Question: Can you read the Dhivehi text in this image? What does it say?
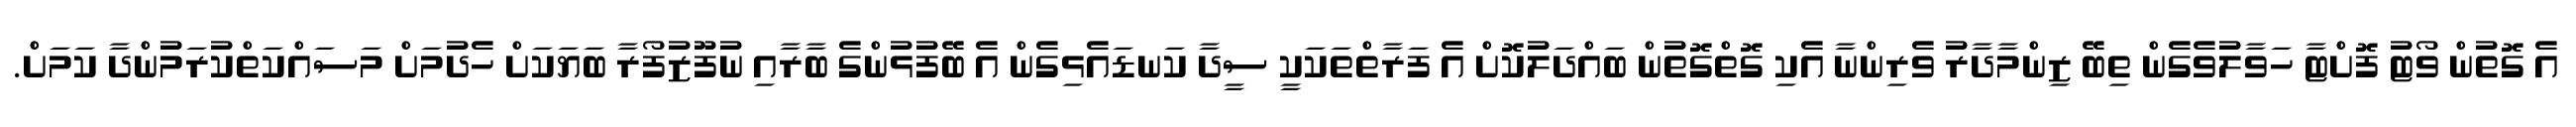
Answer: އެ ގޮތުން ވޯޓު ފޮށްޓާ ހަވާލުވެގެން ތިބޭ ޒިންމާދާރު ވެރިންނާ އެކި ގޮތްގޮތުން ބައްދަލުކޮށް އެ ފަރާތްތަކަކީ ސީދާ ކަނޑައެޅިގެން އެ ބޭފުޅުންގެ ބާރާއި ނުފޫޒުފޯރާ ބަޔަކަށް ހެދުމަށް މަސައްކަތްކުރަމުންދާ ކަމަށް.